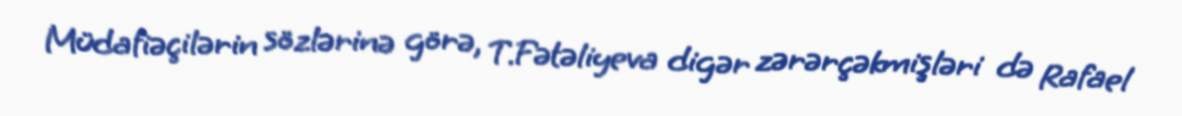
Müdafiəçilərin sözlərinə görə, T.Fətəliyeva digər zərərçəkmişləri də Rafael